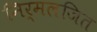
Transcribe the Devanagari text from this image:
निर्मलजित